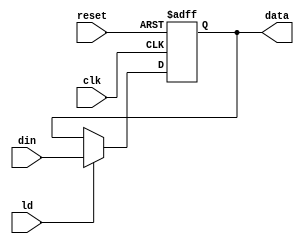
`timescale 1ns / 1ps
//////////////////////////////////////////////////////////////////////////////////
// Company: 
// Engineer: 
// 
// Design Name: 
// Module Name: subsystem
// Project Name: 
// Target Devices: 
// Tool Versions: 
// Description: 
// 
// Dependencies: 
// 
// Revision:
// Revision 0.01 - File Created
// Additional Comments:
// 
//////////////////////////////////////////////////////////////////////////////////

// from lab 7, cahnged to 8bits from 16 bits
module register(
    input wire [7:0] din,
    input wire clk,
    input wire reset,
    input wire ld,
    output reg [7:0] data
    );
    
    
    always@(posedge clk or posedge reset)
    begin
        if(reset == 1)
            data = 0;
        else if(ld == 1)
            data = din;
    end
endmodule